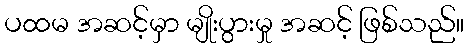
ပထမ အဆင့်မှာ မျိုးပွားမှု အဆင့် ဖြစ်သည်။